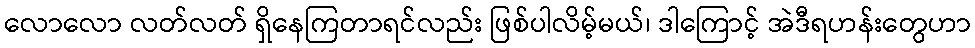
လောလော လတ်လတ် ရှိနေကြတာရင်လည်း ဖြစ်ပါလိမ့်မယ်၊ ဒါကြောင့် အဲဒီရဟန်းတွေဟာ